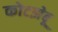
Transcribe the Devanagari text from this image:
कोटझेबू